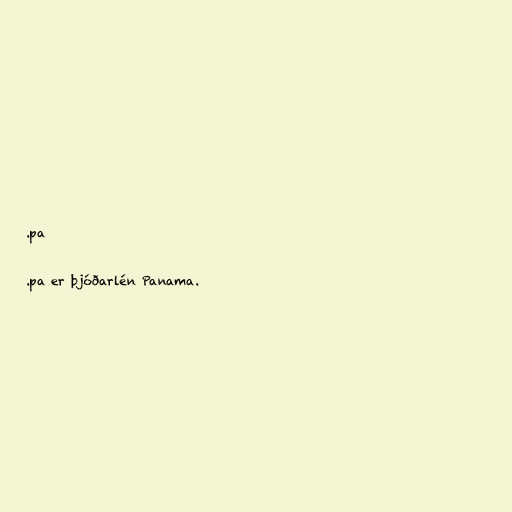
.pa

.pa er þjóðarlén Panama.